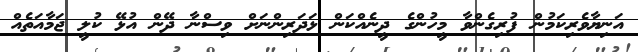
އަނިޔާވެރިކަމުން ފުރިގެންވާ މީހުންގެ ދީނެއްކަން ޅަދަރިންނަށް ވިސްނާ ދޭން އުޅޭ ކުލީ ޖަމާއަތެއް